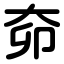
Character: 奅